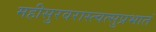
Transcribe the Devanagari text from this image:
महीसुरवरास्त्वत्सुप्रभातं